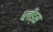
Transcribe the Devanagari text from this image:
ब्लाँड्स